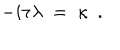
LaTeX: - i \tau \lambda \; = \; \kappa \ \ .